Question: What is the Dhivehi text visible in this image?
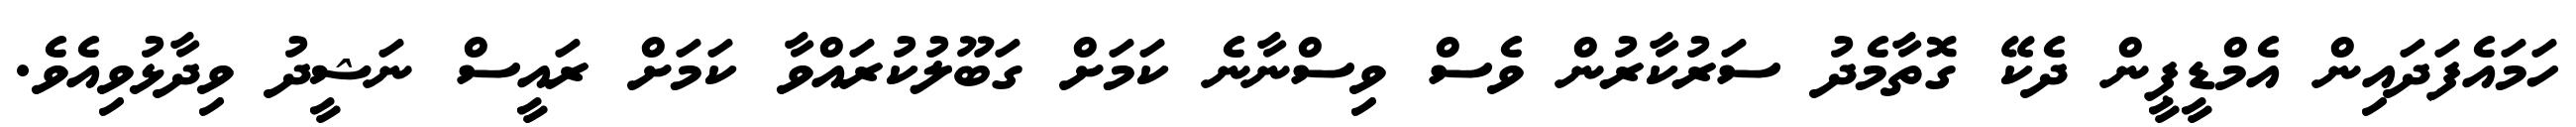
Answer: ހަމައެފަދައިން އެމްޑީޕީން ދެކޭ ގޮތާމެދު ސަރުކާރުން ވެސް ވިސްނާނެ ކަމަށް ގަބޫލުކުރައްވާ ކަމަށް ރައީސް ނަޝީދު ވިދާޅުވިއެވެ.